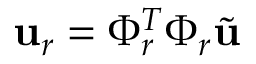
\mathbf { u } _ { r } = \Phi _ { r } ^ { T } \Phi _ { r } \tilde { \mathbf { u } }